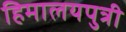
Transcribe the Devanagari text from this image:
हिमालयपुत्री